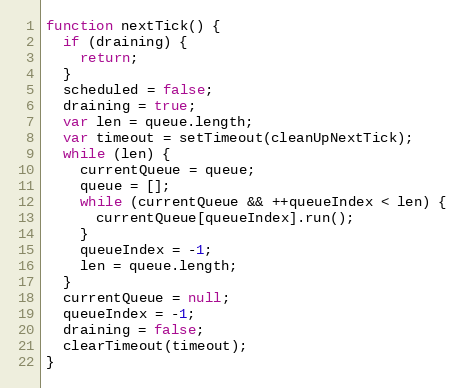
Language: JavaScript
function nextTick() {
  if (draining) {
    return;
  }
  scheduled = false;
  draining = true;
  var len = queue.length;
  var timeout = setTimeout(cleanUpNextTick);
  while (len) {
    currentQueue = queue;
    queue = [];
    while (currentQueue && ++queueIndex < len) {
      currentQueue[queueIndex].run();
    }
    queueIndex = -1;
    len = queue.length;
  }
  currentQueue = null;
  queueIndex = -1;
  draining = false;
  clearTimeout(timeout);
}